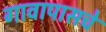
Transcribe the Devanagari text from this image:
गावापासचे